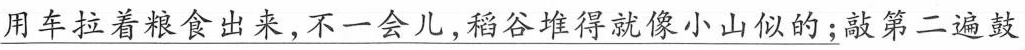
用车拉着粮食出来，不一会儿，稻谷堆得就像小山似的；敲第二遍鼓